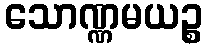
သောဏ္ဏမယဉ္စ